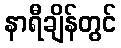
နာရီချိန်တွင်